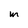
Character: m